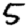
Digit: 5